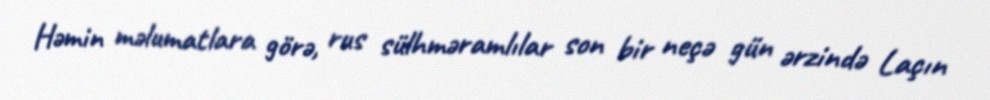
Həmin məlumatlara görə, rus sülhməramlılar son bir neçə gün ərzində Laçın